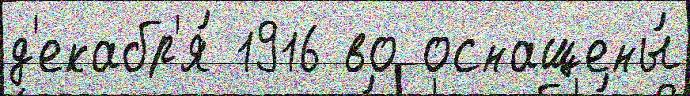
д'екабр'я́ 1916 во оснащены́